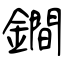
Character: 鐧